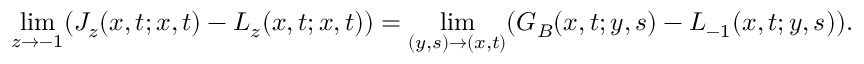
\operatorname * { l i m } _ { z \rightarrow - 1 } ( J _ { z } ( x , t ; x , t ) - L _ { z } ( x , t ; x , t ) ) = \operatorname * { l i m } _ { ( y , s ) \rightarrow ( x , t ) } ( G _ { B } ( x , t ; y , s ) - L _ { - 1 } ( x , t ; y , s ) ) . \,